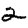
Digit: 2